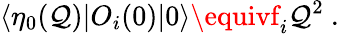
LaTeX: \langle\eta_{0}(\mathcal{Q})|O_{i}(0)|0\rangle\equivf_{i}\mathcal{Q}^{2}\ .